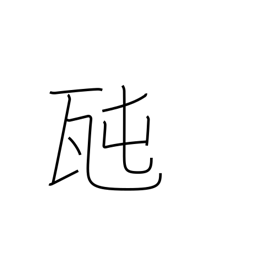
Meaning: tonne